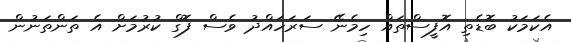
އެކަމަކު ބޮޑެތި އޮފީސްތައް ހިމެނޭ ސަރަހައްދު ވެސް ފޮގް ކުރުމަށް އެ ތަންތަނުން